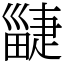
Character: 疀